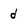
Character: d